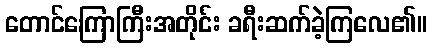
တောင်ကြောကြီးအတိုင်း ခရီးဆက်ခဲ့ကြလေ၏။